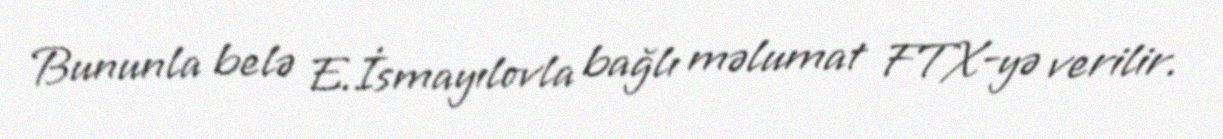
Bununla belə E.İsmayılovla bağlı məlumat FTX-yə verilir.